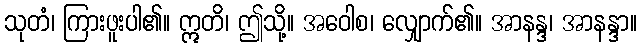
သုတံ၊ ကြားဖူးပါ၏။ ဣတိ၊ ဤသို့။ အဝေါစ၊ လျှောက်၏။ အာနန္ဒ၊ အာနန္ဒာ။